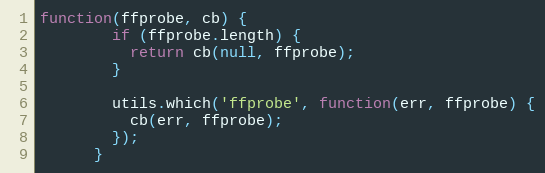
Language: JavaScript
function(ffprobe, cb) {
        if (ffprobe.length) {
          return cb(null, ffprobe);
        }

        utils.which('ffprobe', function(err, ffprobe) {
          cb(err, ffprobe);
        });
      }